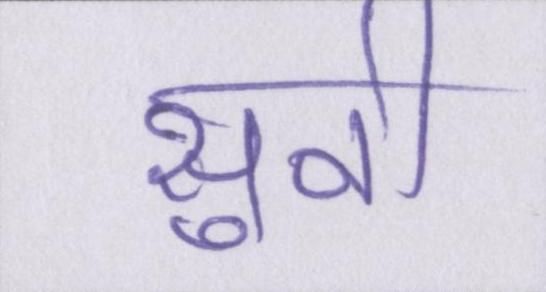
सुनी